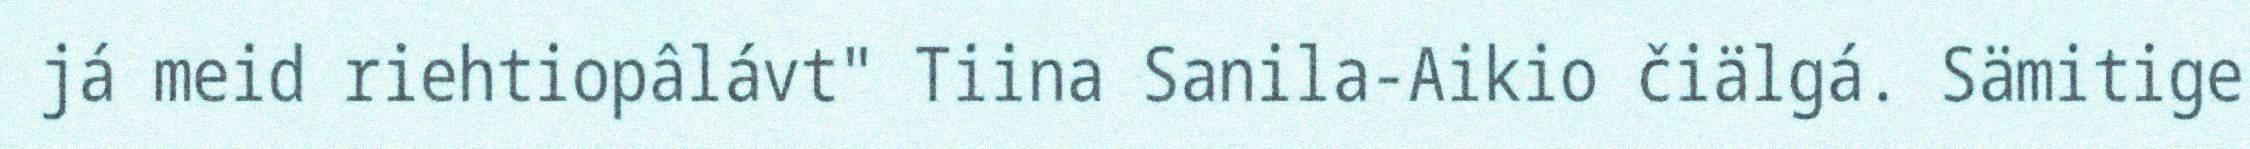
já meid riehtiopâlávt" Tiina Sanila-Aikio čiälgá. Sämitige